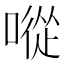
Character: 㗰